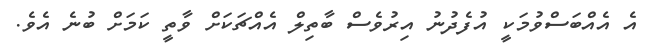
އެ އެއްބަސްވުމަކީ އުފެދުނު އިރުވެސް ބާތިލް އެއްޗަކަށް ވާތީ ކަމަށް ބުނެ އެވެ.